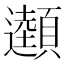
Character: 𩕜